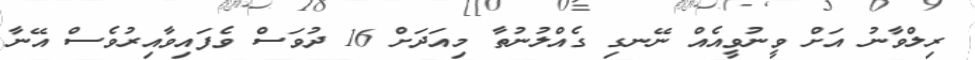
ރިލްވާނު އަށް ވީނުވީއެއް ނޭނގި ގެއްލުނުތާ މިއަދަށް 16 ދުވަސް ވެފައިވާއިރުވެސް އޭނާ